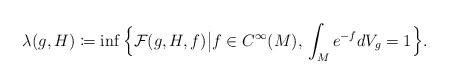
LaTeX: \begin{align*} \lambda(g,H)\coloneqq\inf\Big\{\mathcal{F}(g,H,f)\big| f\in C^\infty(M),\,\int_M e^{-f}dV_g=1\Big\}. \end{align*}